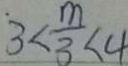
3 < \frac { m } { 3 } < 4